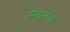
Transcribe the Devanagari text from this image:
स्किमेता